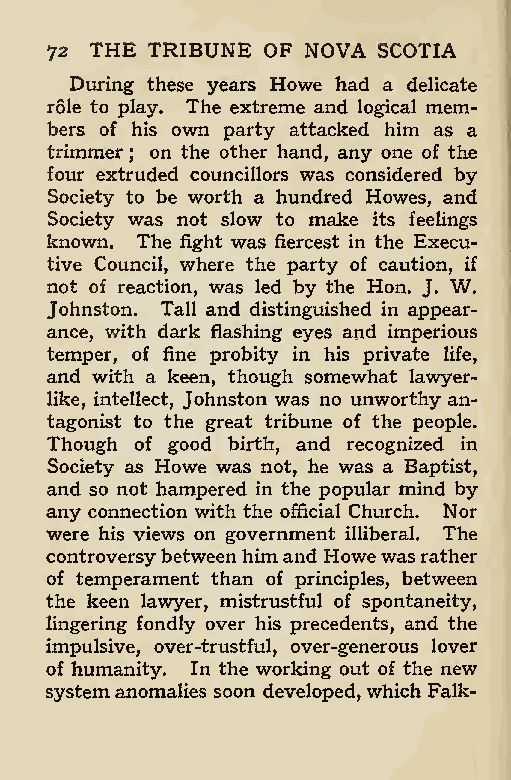
72 THE TRIBUNE OF NOVA SCOTIA
 During these years Howe had a delicate
 role to play. The extreme and logical mem-
 bers of his own party attacked him as a
 trimmer on the other hand, any one of the
 ;
 four extruded councillors was considered by
 Society to be worth a hundred Howes, and
 Society was not slow to make its feelings
 known. The fight was fiercest in the Execu-
 tive Council, where the party of caution, if
 not of reaction, was led by the Hon. J. W.
 Johnston. Tall and distinguished in appear-
 ance, with dark flashing eyes and imperious
 temper, of fine probity in his private life,
 and with a keen, though somewhat lawyer-
 like, intellect, Johnston was no unworthy an-
 tagonist to the great tribune of the people.
 Though of good birth, and recognized in
 Society as Howe was not, he was a Baptist,
 and so not hampered in the popular mind by
 any connection with the official Church. Nor
 were his views on government illiberal. The
 controversybetweenhimand Howewasrather
 of temperament than of principles, between
 the keen lawyer, mistrustful of spontaneity,
 lingering fondly over his precedents, and the
 impulsive, over-trustful, over-generous lover
 of humanity. In the working out of the new
 systemanomalies soon developed, which Falk-